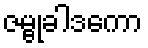
ဇမ္ဗုခါဒကော